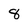
Character: 8